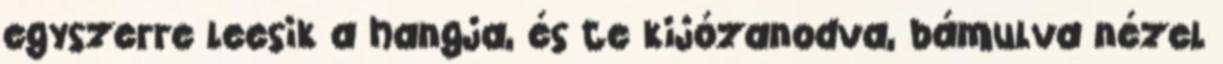
egyszerre leesik a hangja, és te kijózanodva, bámulva nézel